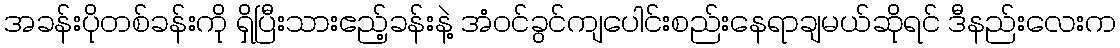
အခန်းပိုတစ်ခန်းကို ရှိပြီးသားဧည့်ခန်းနဲ့ အံဝင်ခွင်ကျပေါင်းစည်းနေရာချမယ်ဆိုရင် ဒီနည်းလေးက